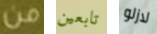
من تابعين لازلو